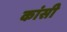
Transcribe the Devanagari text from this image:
कांसी